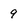
Character: 9